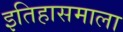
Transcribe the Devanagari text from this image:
इतिहासमाला